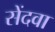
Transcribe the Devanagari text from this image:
सेंदवा